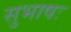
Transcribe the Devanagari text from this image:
सुभाषः